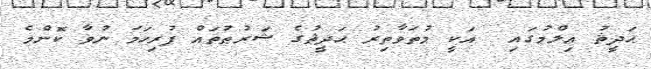
ޙަދީޘު ޢިލްމުގައި  އަކީ މުތަވާތިރު ޙަދީޘުގެ ޝަރުޠުތައް ފުރިހަމަ ނުވާ ކޮންމެ